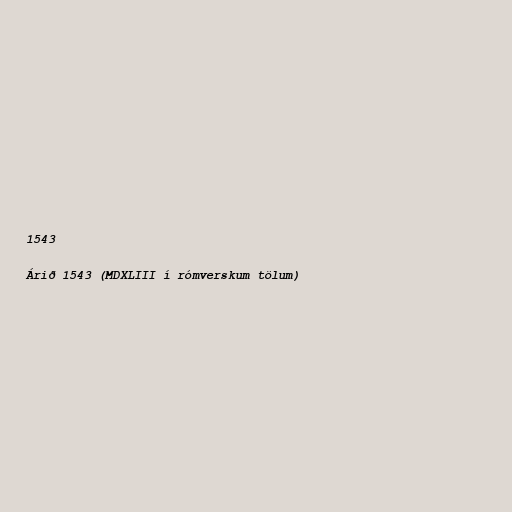
1543

Árið 1543 (MDXLIII í rómverskum tölum)